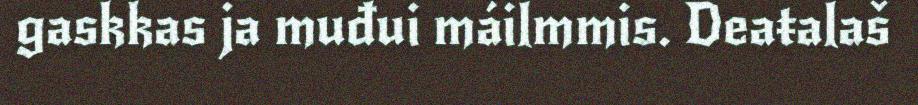
gaskkas ja muđui máilmmis. Deaŧalaš